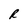
Character: R